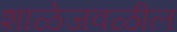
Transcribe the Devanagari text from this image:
शाळेजवळील